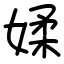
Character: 媃